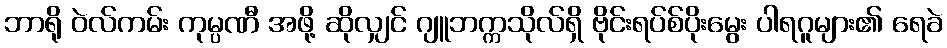
ဘာရို ဝဲလ်ကမ်း ကုမ္ပဏီ အဖို့ ဆိုလျှင် ဂျူဘက္ကသိုလ်ရှိ ဗိုင်းရပ်စ်ပိုးမွေး ပါရဂူများ၏ ရေခဲ